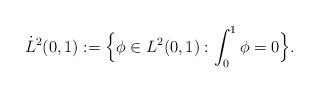
LaTeX: \begin{align*}\dot L^2(0,1): = \Big\{ \phi \in L^2(0,1) : \int_0^1 \phi =0 \Big\}.\end{align*}